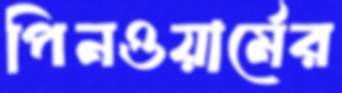
পিনওয়ার্মের